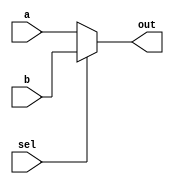
module mux4(
	input [3:0] a ,b,
	input sel,
	output [3:0] out);
assign out = (sel==1'b0)? a:b;
endmodule
module tst();
wire [3:0] out;
reg [3:0] a,b;
reg sel;
mux4 m(a,b,sel,out);
initial 
	$monitor("a=%0d  b=%0d  sel=%0d  out=%0d",a,b,sel,out);
initial begin
a=7; b=2; sel=0;
#10
sel=1;
#10
a=9;
#10
b=0;
#10
sel=0;
end
endmodule